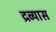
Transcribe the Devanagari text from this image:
द्रव्यास